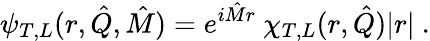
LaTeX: \psi_{T,L}(r,\hat{Q},\hat{M})=e^{i\hat{M}r}\ \chi_{T,L}(r,\hat{Q})|r|\ .